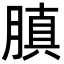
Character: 䐜